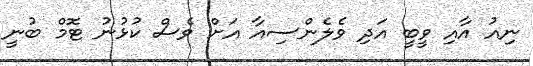
ނިއު އާއި ވީބީ އަދި ވެލެންސިއާ އަށް ވެސް ކުޅުނު ޓޮމް ބުނީ